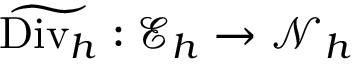
\widetilde { \mathrm { D i v } _ { h } } : \mathcal { E } _ { h } \rightarrow \mathcal { N } _ { h }